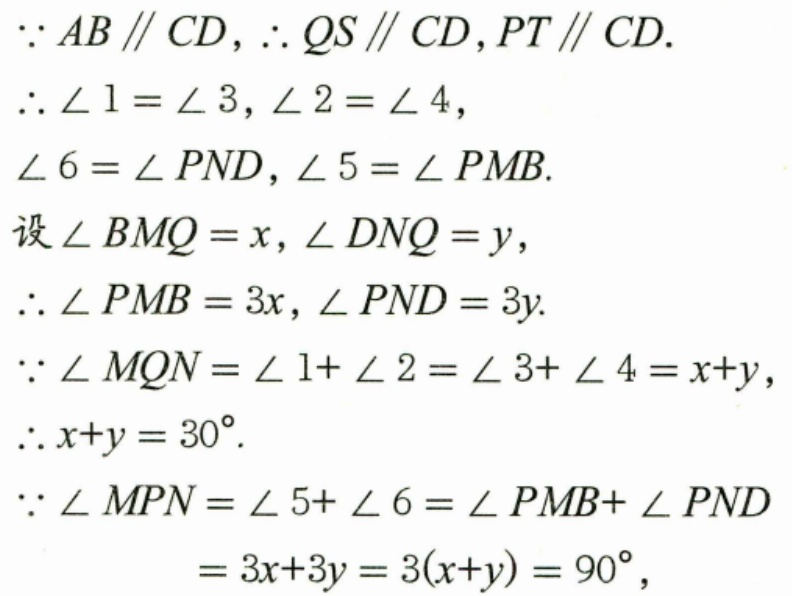
$\because AB\parallel CD,\therefore QS\parallel CD,PT\parallel CD.$
$\therefore \angle 1=\angle 3,\angle 2=\angle 4,$
$\angle 6=\angle PND,\angle 5=\angle PMB.$
设$\angle BMQ = x,\angle DNQ = y,$
$\therefore \angle PMB = 3x,\angle PND = 3y.$
$\because \angle MQN=\angle 1+\angle 2=\angle 3+\angle 4=x + y,$
$\therefore x + y = 30^{\circ}.$
$\because \angle MPN=\angle 5+\angle 6=\angle PMB+\angle PND$
$=3x + 3y=3(x + y)=90^{\circ},$